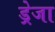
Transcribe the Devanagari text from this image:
ड्रेजा